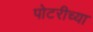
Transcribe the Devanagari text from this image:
पोटरीच्या